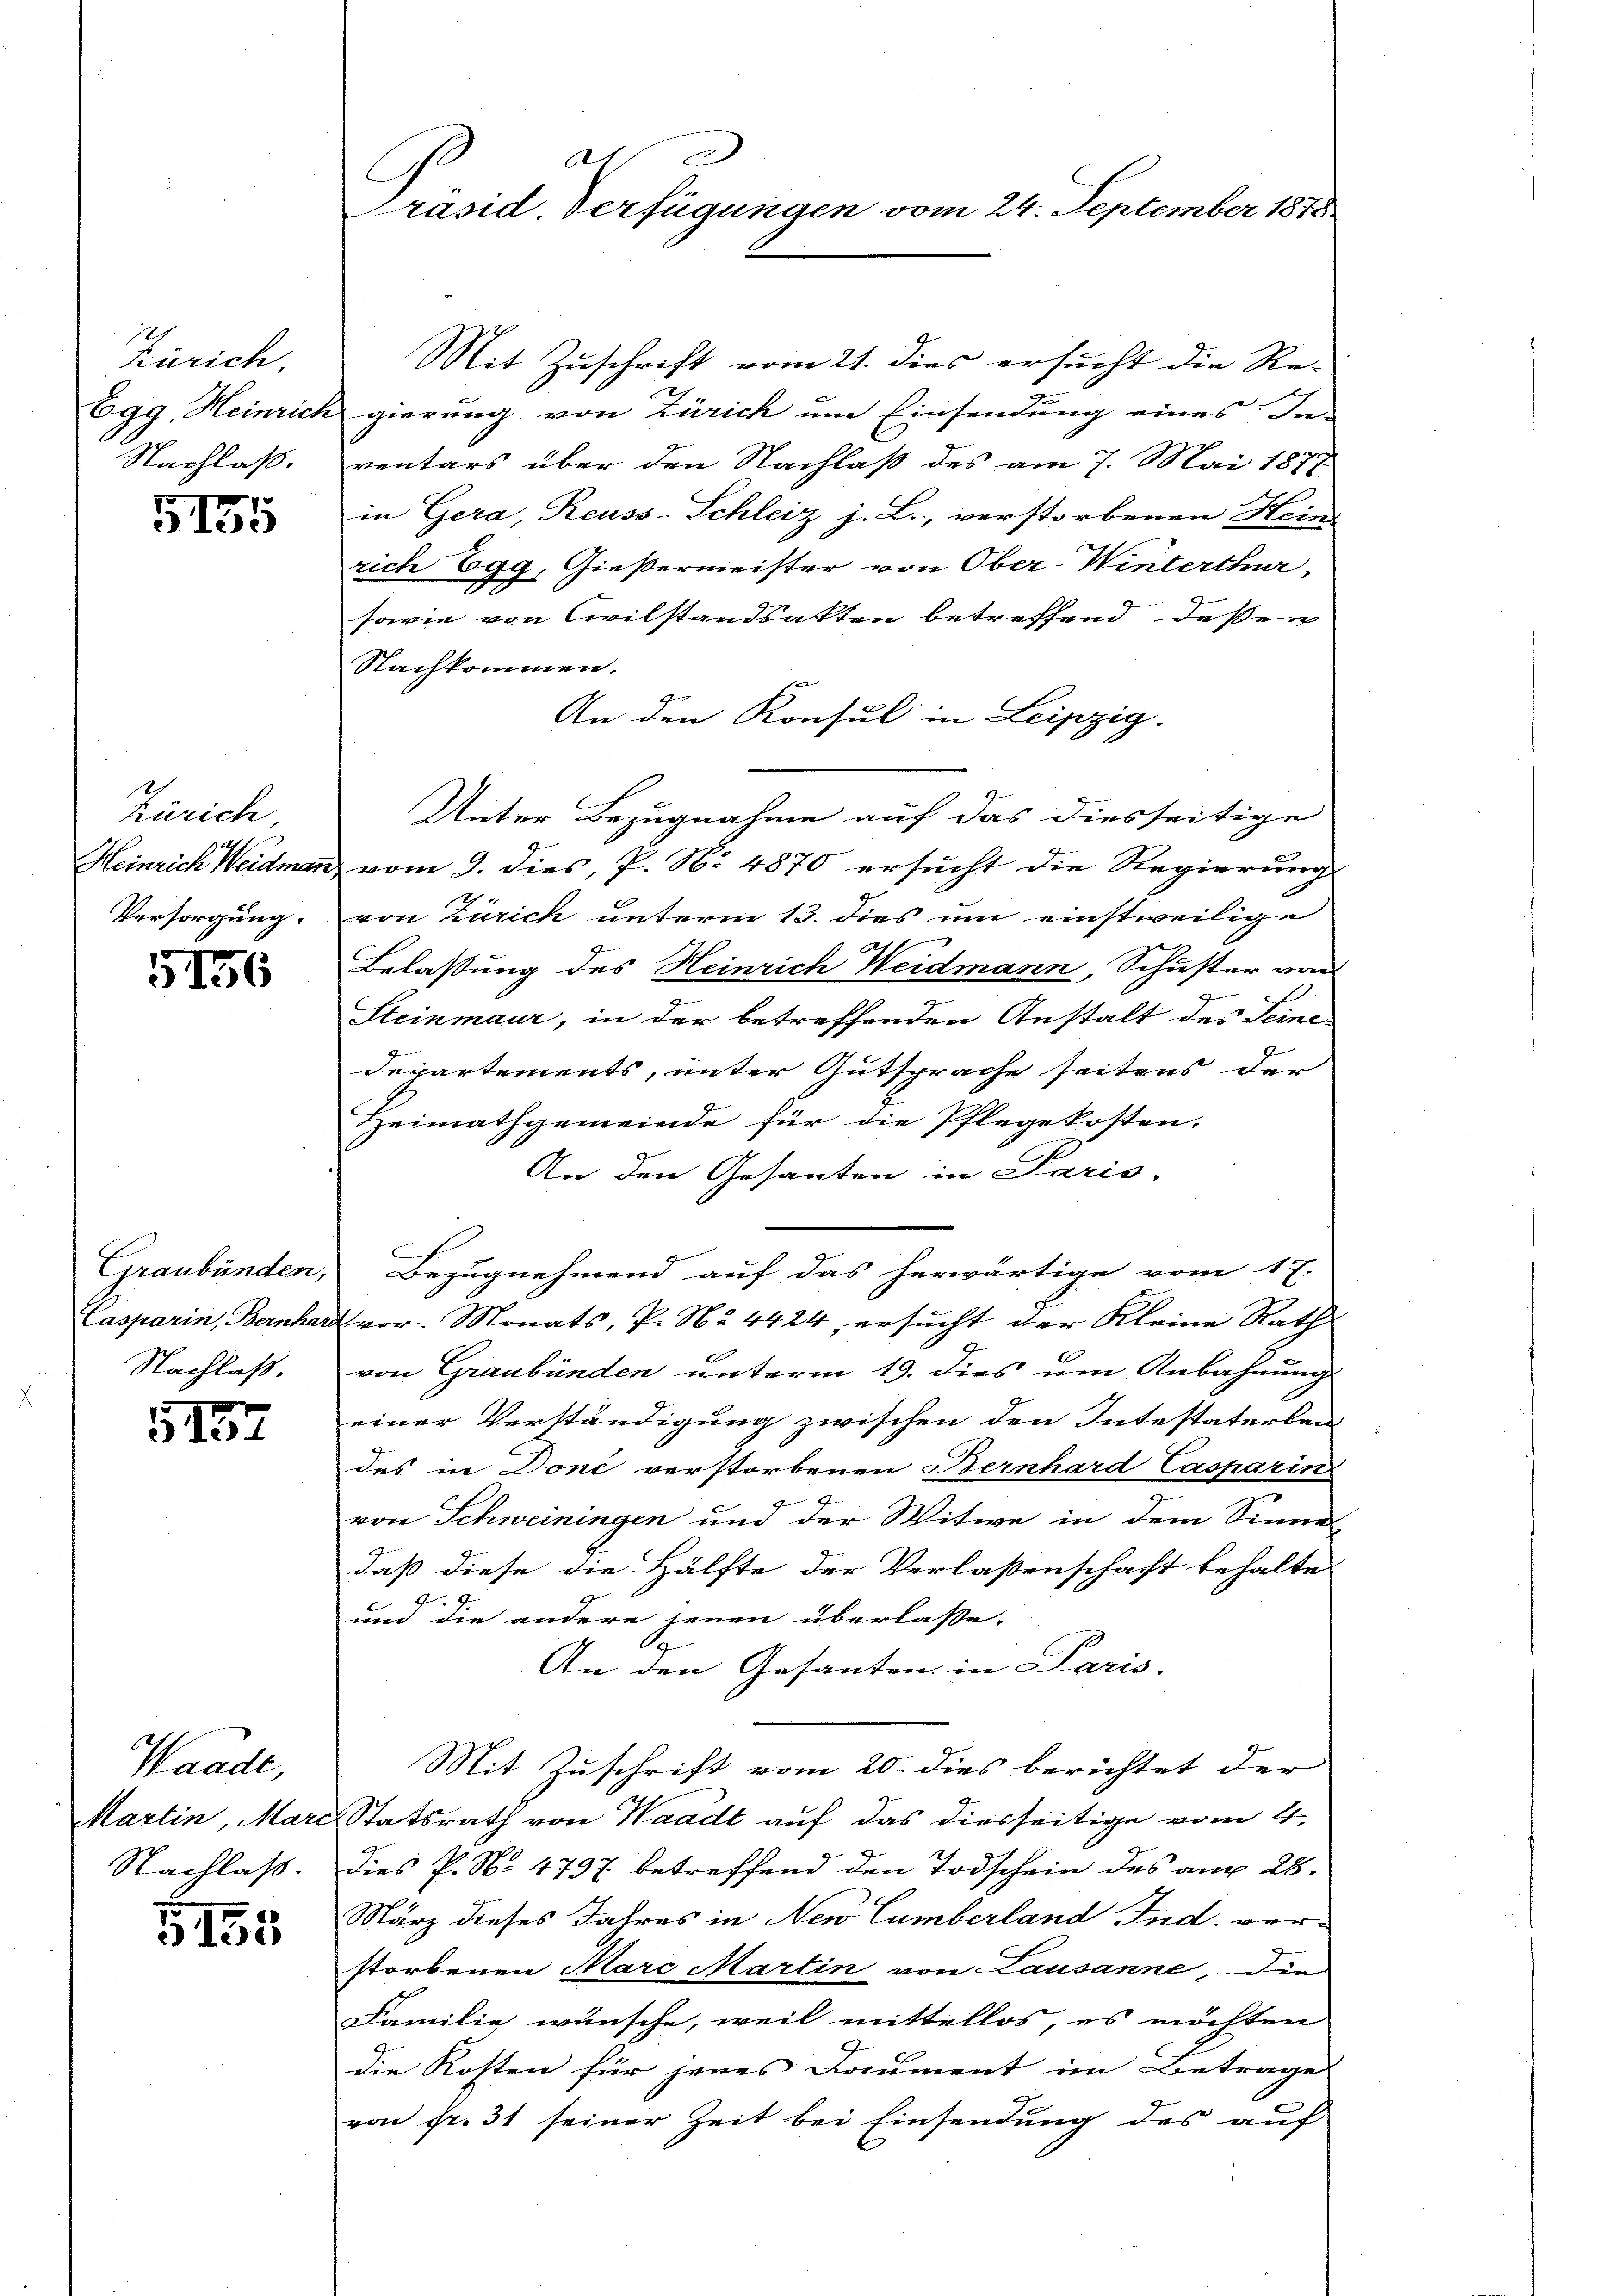
Zürich.
Egg, Heinrich
Nachlaß.

5135

Zürich
Heinrich Weidmann
Versorgung.

156

Graubünden,
Nachlaß.

5157

Waadt,
Martin, Marc
Nachlaß.

G,155

A
räsid. Verfügungen vom 24. September 1873

Mit Zuschrift vom 21. dies ersucht die Re-
gierung von Zürich um Einsendung eines In-
ventars über den Nachlaß des am 7. Mai 1877
in Gera, Reuss-Schleiz j. L., verstorbenen Hein
rich Egg, Gießermeister von Ober-Winterthur,
sowie von Civilstandsakten betreffend deßen
Nachkommen.
An den Konsul in Leipzig.
Unter Bezugnahme auf das diesseitige
vom 9. dies, P. No 4870 ersucht die Regierung
von Zürich unterm 13. dies um einstweilige
Belassung des Heinrich Weidmann, Schuster von
e
Steinmaur, in der betreffenden Anstalt des Seine
Departements, unter Gutsprache seitens der
E
Heimathgemeinde für die Pflegekosten.
An den Gesanten in Paris.
Bezugnehmend auf das herwärtige vom 17.
Casparin, Bernhard vor. Monats, P. Nr. 4424, ersucht der Kleine Rath
von Graubünden unterm 19. dies um Anbahnung
einer Verständigung zwischen den Intestaterbei
des in Doné verstorbenen Bernhard Casparin
von Schweiningen und der Witwe in dem Sinne-
daß diese die Hälfte der Verlassenschaft behalte
79.
und die andere jenen überlasse.
A
An den Gesanten in Paris.
Mit Zuschrift vom 20. dies berichtet der
Statsrath von Waadt auf das diesseitige vom 4.
dies P. Nr. 4737 betreffend den Todschein des auch 28.
März dieses Jahres in New Cumberland Ind. ver-
storbenen Mare Martin von Lausanne, die
Familie wünsche, weil mittellos, es möchten
die Kosten für jenes Document im Betrage
von fr. 31 seiner Zeit bei Einsendung des auf